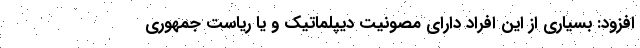
افزود: بسیاری از این افراد دارای مصونیت دیپلماتیک و یا ریاست جمهوری